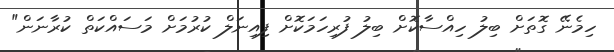
ހިމެނޭ ގޮތަށް ބިލު ހިއްސާކޮށް ބިލު ފުރިހަމަކޮށް ފިއިނަލް ކުރުމަށް މަސައްކަތް ކުރާނަން"